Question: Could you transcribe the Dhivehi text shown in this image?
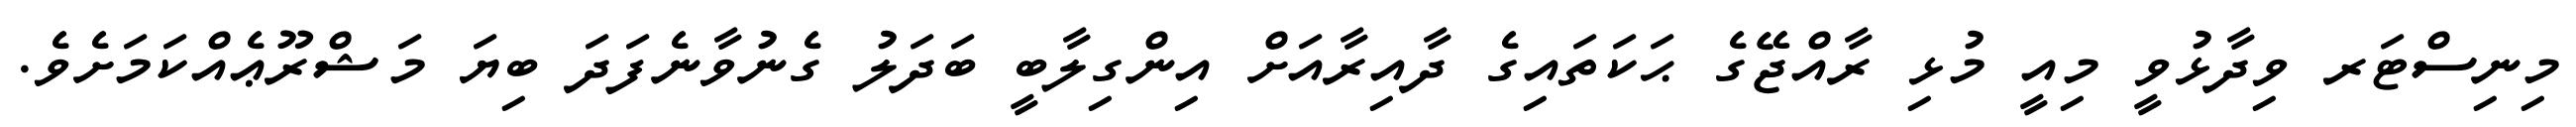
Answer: މިނިސްޓަރ ވިދާޅުވީ މިއީ މުޅި ރާއްޖޭގެ ޙަކަތައިގެ ދާއިރާއަށް އިންގިލާބީ ބަދަލު ގެނުވާނެފަދަ ބިޔަ މަޝްރޫޢެއްކަމަށެވެ.